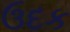
ઉદક